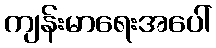
ကျန်းမာရေးအပေါ်